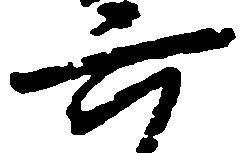
六